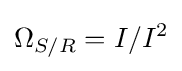
\Omega _{S/R}=I/I^{2}